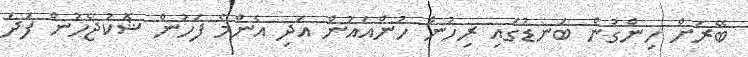
ބޭރަށް ހިންގުން ބަނޑުގައި ރިހުން ހުންއައުން އަދި އެންމެ ފަހުން ޝޮކުޖެހުން ފަދަ